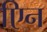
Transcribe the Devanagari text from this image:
एिन